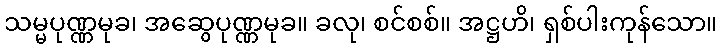
သမ္မပုဏ္ဏမုခ၊ အဆွေပုဏ္ဏမုခ။ ခလု၊ စင်စစ်။ အဋ္ဌဟိ၊ ရှစ်ပါးကုန်သော။